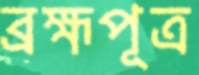
ব্রহ্মপূত্র